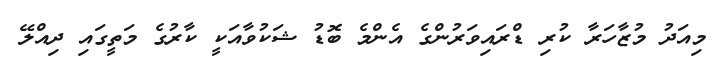
މިއަދު މުޒާހަރާ ކުރި ޑްރައިވަރުންގެ އެންމެ ބޮޑު ޝަކުވާއަކީ ކާރުގެ މަތީގައި ދިއްލޭ